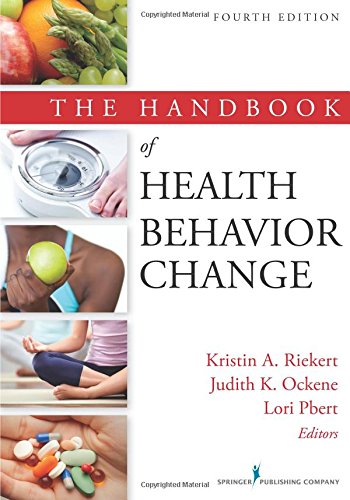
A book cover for The Handbook of Health Behavior Change, 4th Edition; Medical Books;